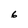
Character: 6